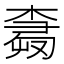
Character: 𰘕